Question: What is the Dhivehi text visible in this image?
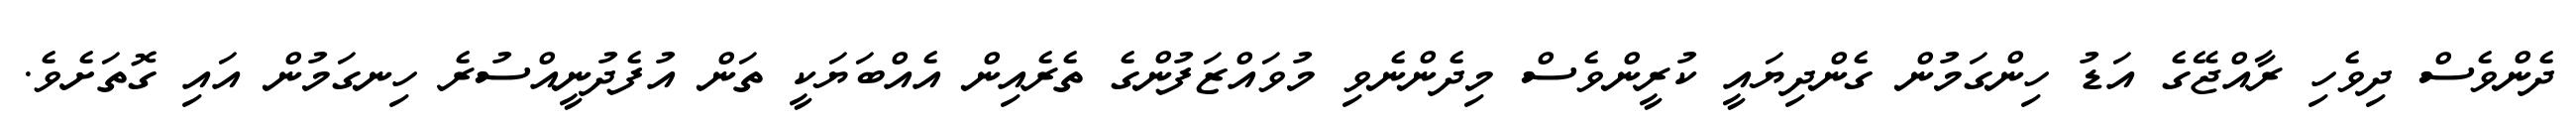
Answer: ދެންވެސް ދިވެހި ރާއްޖޭގެ އަޑު ހިންގަމުން ގެންދިޔައީ ކުރީންވެސް މިދެންނެވި މުވައްޒަފުންގެ ތެރެއިން އެއްބަޔަކީ ތަން އުފެދުނީއްސުރެ ހިނގަމުން އައި ގޮތަށެވެ.